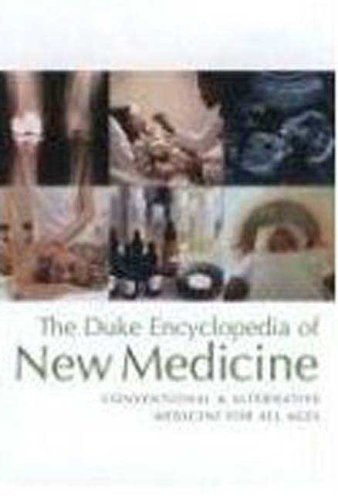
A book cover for The Duke Encyclopedia of New Medicine: Conventional and Alternative Medicine for All Ages; The Duke Center for Integrative Medicine; Health, Fitness & Dieting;